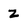
Character: 2